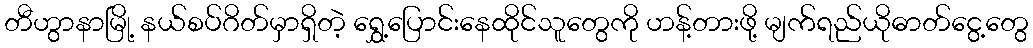
တီဟွာနာမြို့ နယ်စပ်ဂိတ်မှာရှိတဲ့ ရွှေ့ပြောင်းနေထိုင်သူတွေကို ဟန့်တားဖို့ မျက်ရည်ယိုဓာတ်ငွေ့တွေ